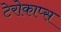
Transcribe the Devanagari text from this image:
टेरोकाप्स